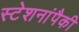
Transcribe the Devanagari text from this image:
स्टेशनांपैकी